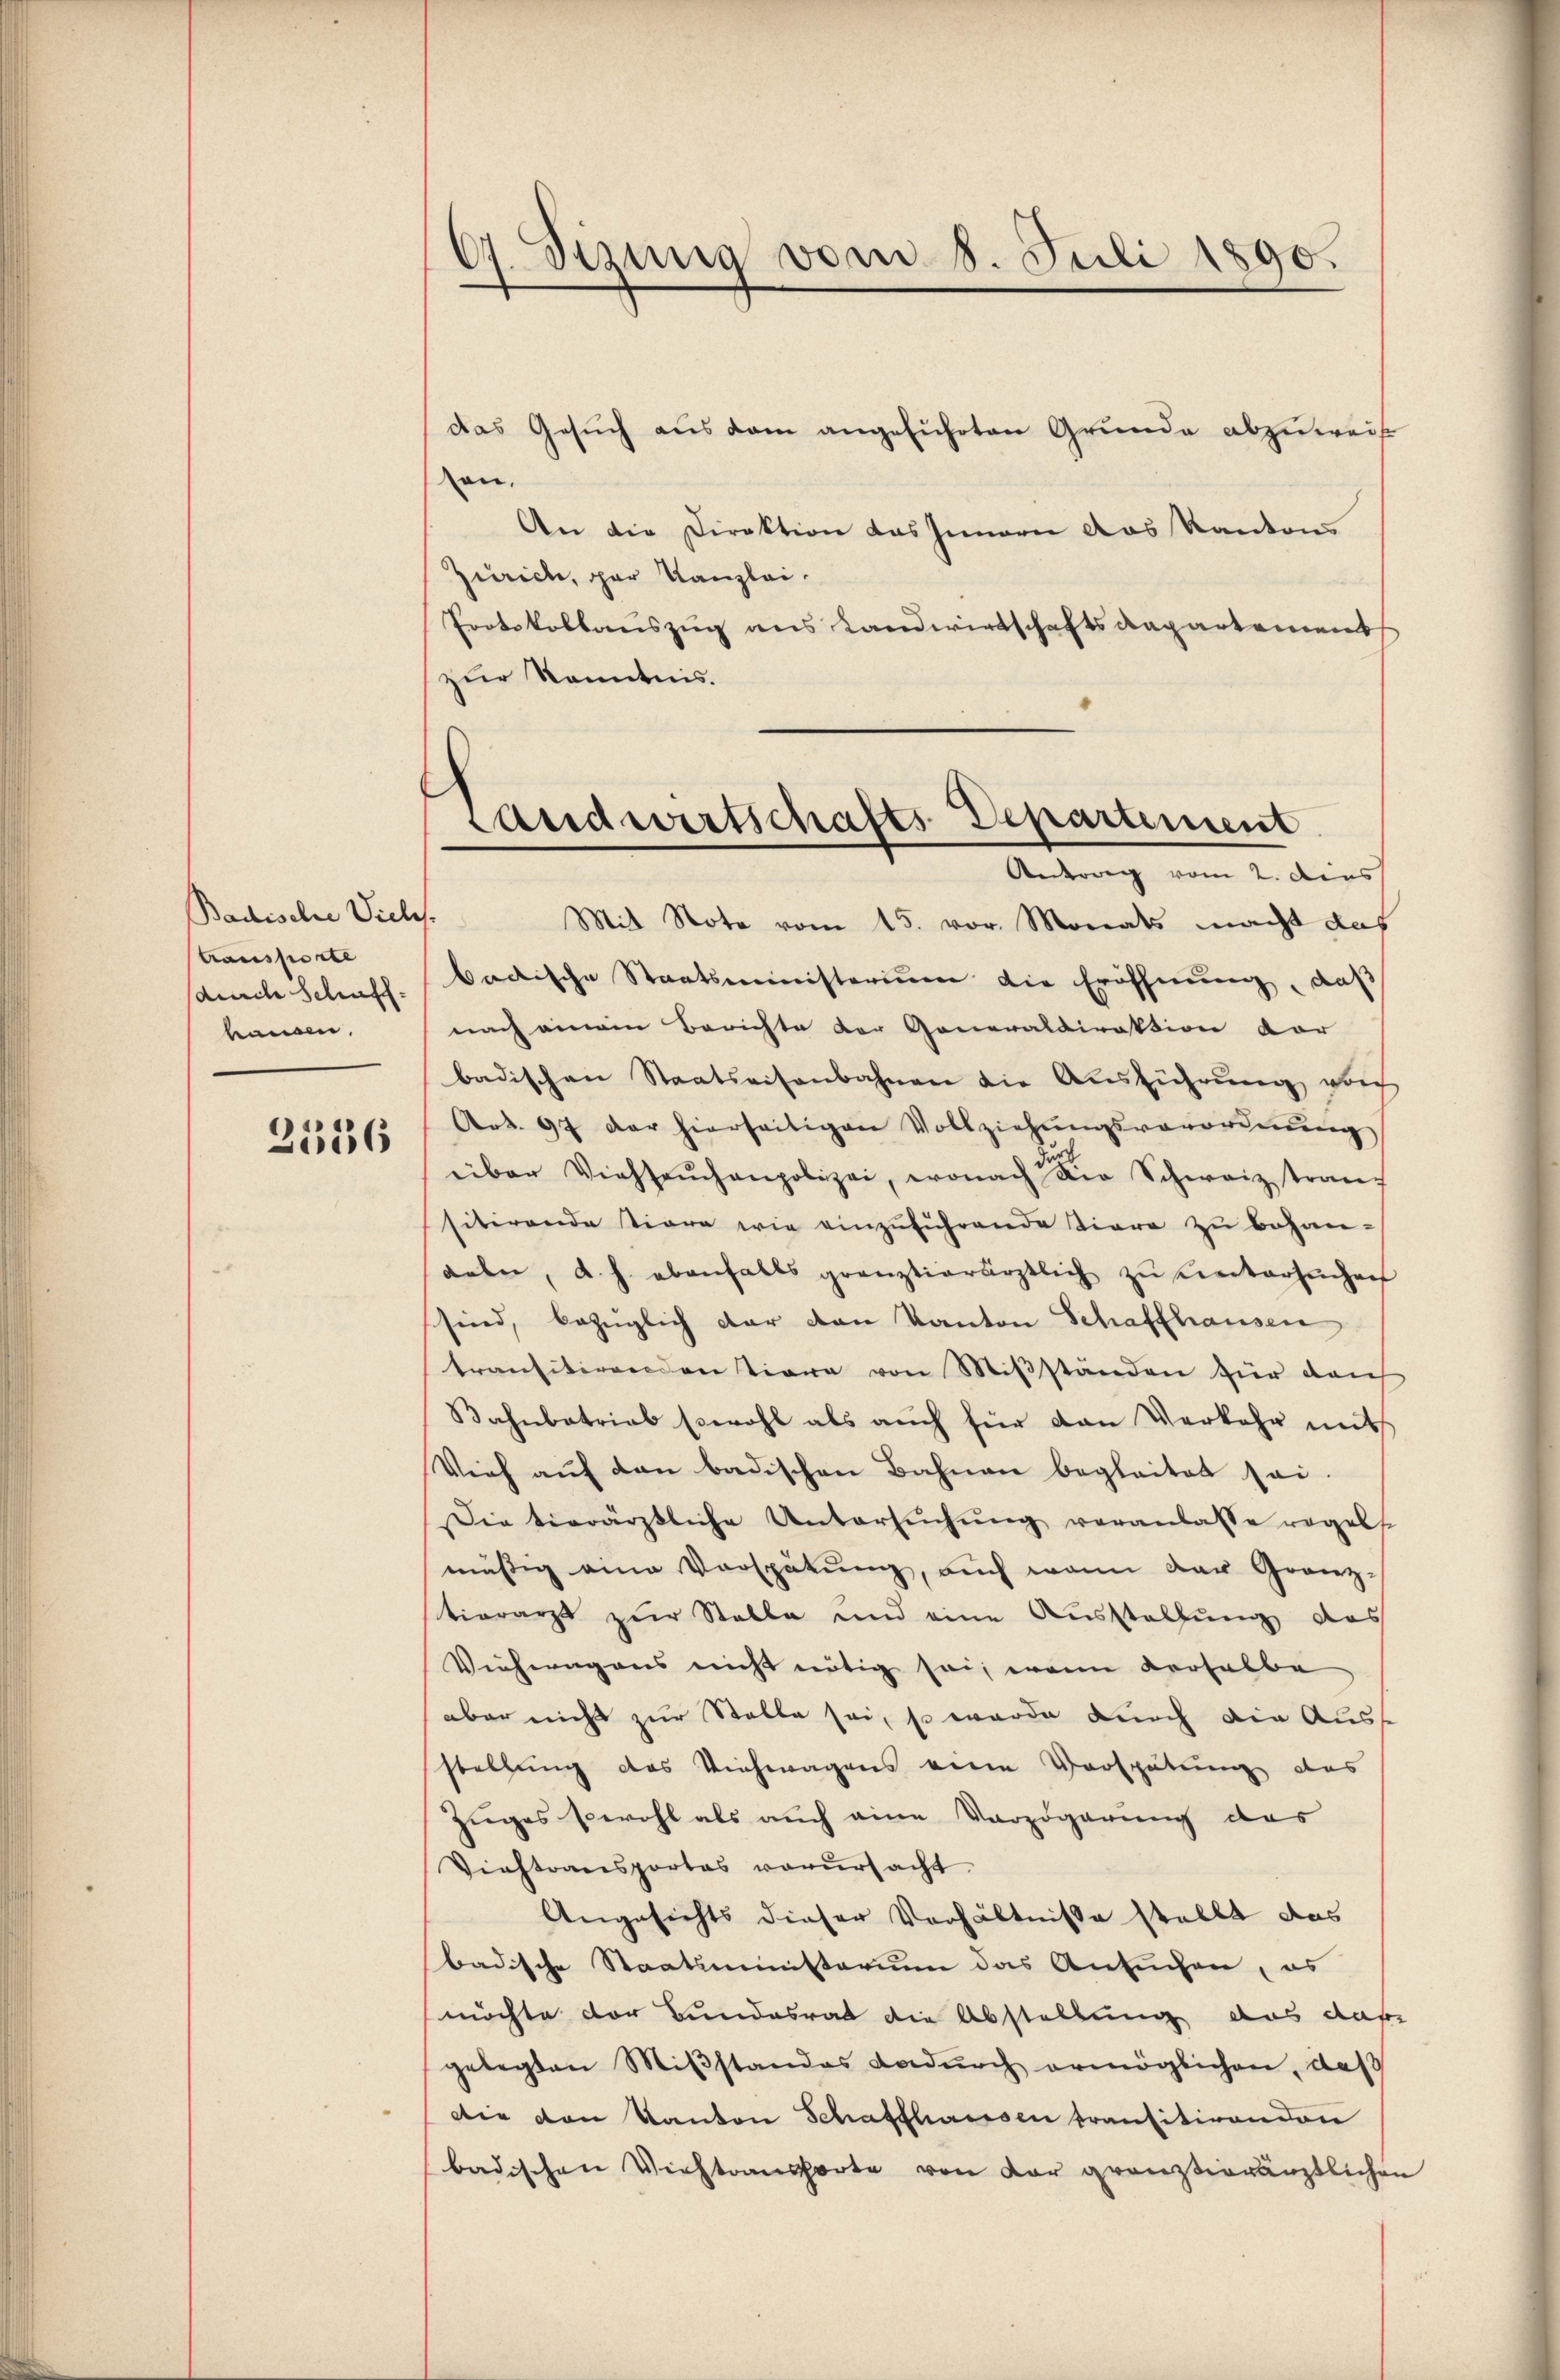
Badische Viel
transporte
sdurch Schaff
hausen,

2536

an.
An die Direktion das Innern das Kanton
Zürich, par Kanzlei.
Protokollauszug aus Landwirtschaftsdepartement
zur Kenntnis.

67. Sizung vom 8. Juli 1890.

das Gesuch aus dem angeführten Grunde abzuweise

Landwirtschafts Departement
Antrag vom 2. dies

s
Mit Note vom 15. vor. Monats macht das
badische Staatsministerium die Eröffnung, daß
nach einem Berichte der Generaldirektion vor
badischen Staatseisenbahnen die Ausführung vor
Art. 97 der hierseitigen Vollziehŭngsverordnŭng
über Viehseuchenpolizei, wonach die Schwarz tran
sitirende tiere wie einzuführende Tiere zu behan-
dele, d. h. ebenfalls grauztierärztlich zu eintersuchen
sind, bezüglich dar von Kanton Schaffhausen
transitirenden Tiere von Miβständen für dah
Bahnbatriab sowohl als auch für den Verkehr mit
Vieh aŭf den badischen Bahnen begleitet sei.
Die tierärztliche Untersŭchŭng veranlasse regelt
mässig eine Vorspätung, auch wenn der Gränztiorarzt zur Stelle und eine Ausstellung das
Vieherigens nicht nötig sei, wenn derselbe
aber nicht zur Stelle sei, so wurde durch die Auss
stellung des Viehwagens eine Verspätung des
Zuges sowohl als auch eine Verzögerung des
Viehtransportas verŭrsacht
Angesichts dieser Verhältnisse stellt das
badische Staatsministerium das Ansuchen, es
möchte der Bundesrat die Abstellung aus daf
gelegten Miβstandes dadŭrch ermöglichen, daß
Die von Kanton Schaffhausen transitirenden
badischen Viehtransporte von der gränztierärztlichen